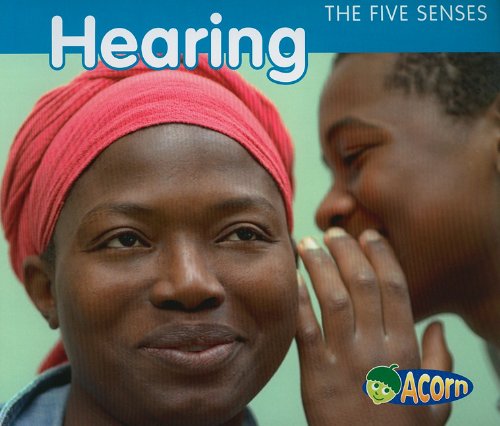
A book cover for Hearing (The Five Senses); Rebecca Rissman; Children's Books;